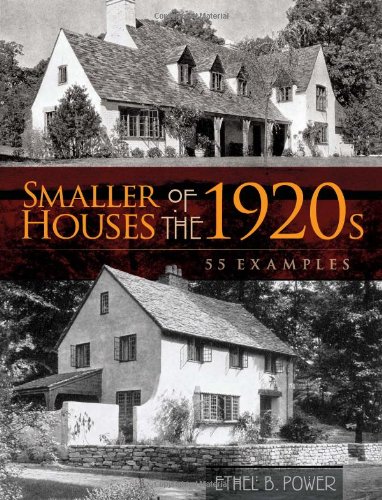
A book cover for Smaller Houses of the 1920s: 55 Examples (Dover Architecture); Ethel B. Power; Crafts, Hobbies & Home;